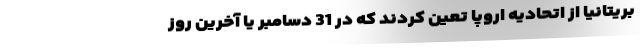
بریتانیا از اتحادیه اروپا تعین کردند که در 31 دسامبر یا آخرین روز